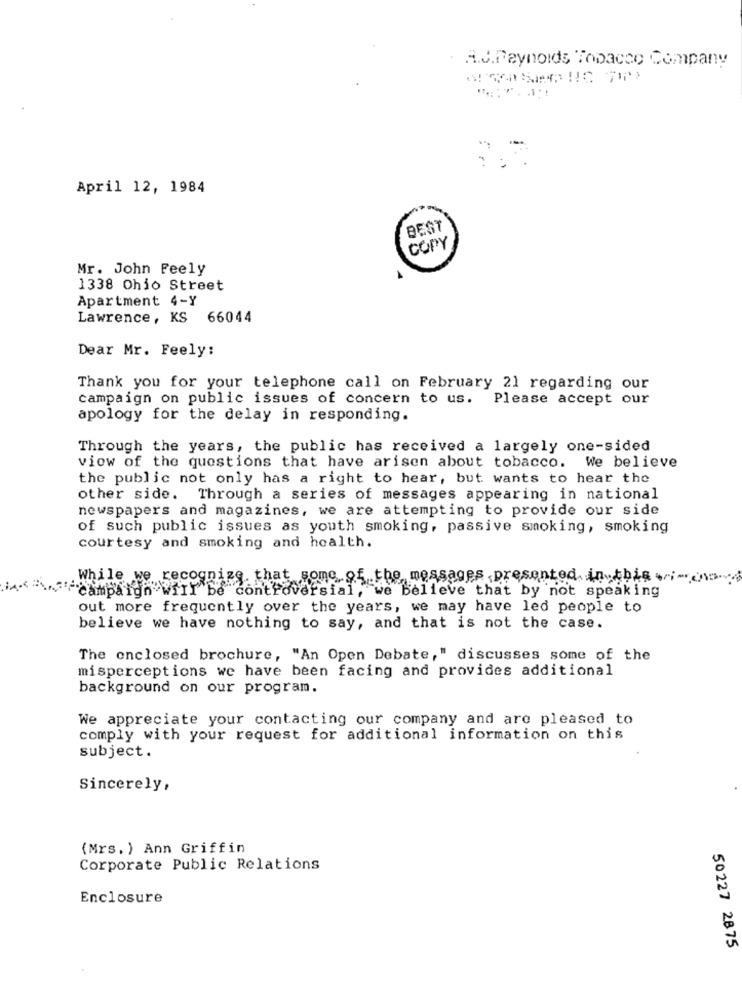
A.J.Reynolds Tobacco Company
April 12, 1984
BEST
COPY
Mr. John Feely
4
1338 Ohio Street
Apartment 4-Y
Lawrence, KS 66044
Dear Mr. Feely:
Thank you for your telephone call on February 21 regarding our
campaign on public issues of concern to us. Please accept our
apology for the delay in responding.
Through the years, the public has received a largely one-sided
view of the questions that have arisen about tobacco. We believe
the public not only has a right to hear, but wants to hear the
other side. Through a series of messages appearing in national
newspapers and magazines, we are attempting to provide our side
of such public issues as youth smoking, passive smoking, smoking
courtesy and smoking and health.
While we recognize that some of the messages presented in this w-os
"campaign will be controversial, we believe that by not speaking
out more frequently over the years, we may have led people to
believe we have nothing to say, and that is not the case.
The enclosed brochure, "An Open Debate," discusses some of the
misperceptions we have been facing and provides additional
background on our program.
We appreciate your contacting our company and are pleased to
comply with your request for additional information on this
subject.
Sincerely,
(Mrs.) Ann Griffin
Corporate Public Relations
Enclosure
50227 2875